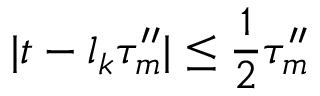
| t - l _ { k } \tau _ { m } ^ { \prime \prime } | \leq \frac 1 2 \tau _ { m } ^ { \prime \prime }